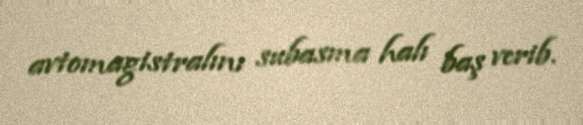
avtomagistralını subasma halı baş verib.